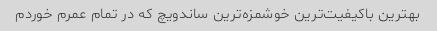
بهترین باکیفیت‌ترین خوشمزه‌ترین ساندویچ که در تمام عمرم خوردم